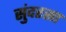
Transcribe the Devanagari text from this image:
सुंदरसा